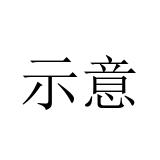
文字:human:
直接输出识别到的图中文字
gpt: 示意